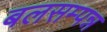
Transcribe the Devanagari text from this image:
बलसम्पन्न